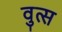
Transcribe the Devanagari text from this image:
वुत्स